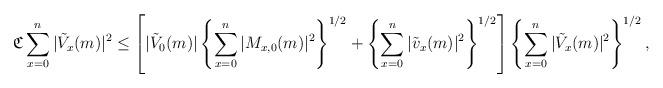
LaTeX: \begin{align*} & {\frak C} \sum_{x=0}^n |\tilde V_x(m)|^2\le \left[ |\tilde V_0(m)|\left\{ \sum_{x=0}^n |M_{x,0}(m)|^2\right\}^{1/2} + \left\{ \sum_{x=0}^n |\tilde v_{x}(m)|^2\right\}^{1/2} \right] \left\{ \sum_{x=0}^n |\tilde V_x(m)|^2\right\}^{1/2},\end{align*}